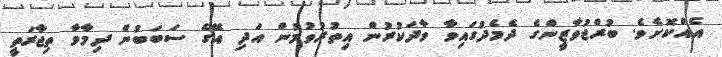
އެއްކޮށެވެ. ބުރްޖުވާޒީންގެ ދެމެދުގައިވާ ވާދަކުރުން އިތުރުވުމުން އަދި އޭގެ ސަބަބުން ދިމާވާ ތިޖާރަތީ